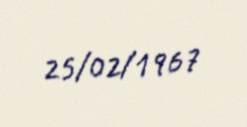
25/02/1967